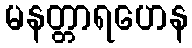
မနတ္တာရဟေန